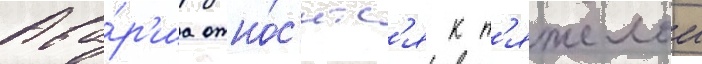
Ава́р'иа отно́с'итс'я к т'яжелои